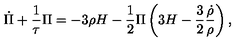
\dot { \Pi } + \frac 1 { \tau } \Pi = - 3 \rho H - \frac 1 2 \Pi \left( 3 H - \frac 3 2 \frac { \dot { \rho } } { \rho } \right) ,